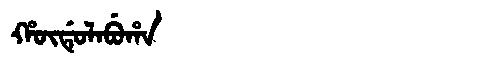
Manchu: ᡥᡡᡩᡠᠯᠠᠪᡠᡥᠠ
Romanization: HŪDULABUHA